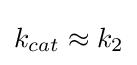
k_{cat}\approx k_{2}